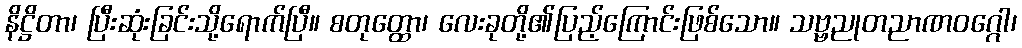
နိဋ္ဌိတာ၊ ပြီးဆုံးခြင်းသို့ရောက်ပြီ။ စတုတ္ထော၊ လေးခုတို့၏ပြည့်ကြောင်းဖြစ်သော။ သဗ္ဗညုတညာဏဝဂ္ဂေါ၊